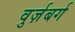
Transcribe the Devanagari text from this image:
वुर्ज़बर्ग